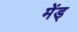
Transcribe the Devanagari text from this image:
मेंड्